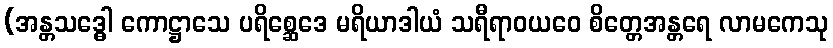
(အန္တသဒ္ဓေါ ကောဋ္ဌာသေ ပရိစ္ဆေဒေ မရိယာဒါယံ သရီရာဝယဝေ စိတ္တေအန္တရေ လာမကေသု